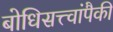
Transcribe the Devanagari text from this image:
बोधिसत्त्वांपैकी